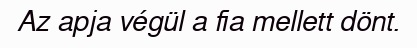
Az apja végül a fia mellett dönt.